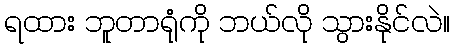
ရထား ဘူတာရုံကို ဘယ်လို သွားနိုင်လဲ။